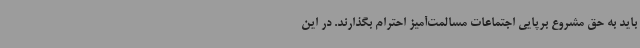
باید به حق مشروع برپایی اجتماعات مسالمت‌آمیز احترام بگذارند. در این